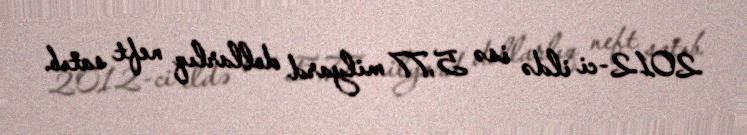
2012-ci ildə isə 5,77 milyard dollarlıq neft satıb.